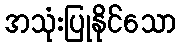
အသုံးပြုနိုင်သော